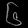
Digit: ၆